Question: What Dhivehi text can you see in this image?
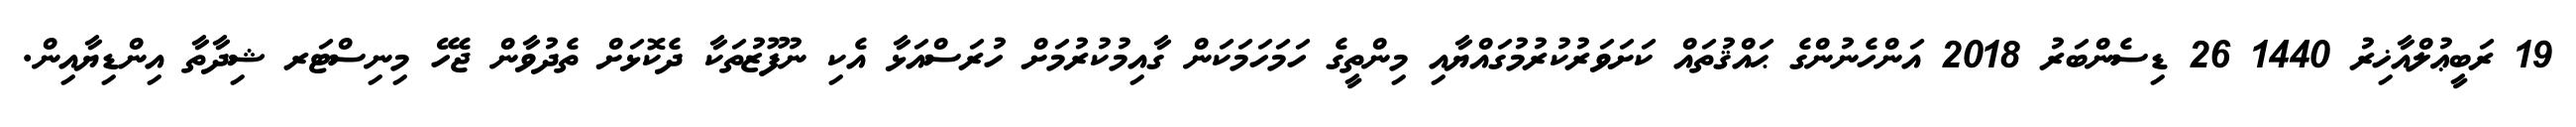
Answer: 19 ރަބީޢުލްއާޚިރު 1440 26 ޑިސެންބަރު 2018 އަންހެނުންގެ ޙައްޤުތައް ކަށަވަރުކުރުމުގައްޔާއި މިންތީގެ ހަމަހަމަކަން ގާއިމުކުރުމަށް ހުރަސްއަޅާ އެކި ނުފޫޒުތަކާ ދެކޮޅަށް ތެދުވާން ޖެހޭ މިނިސްޓަރ ޝިދާތާ އިންޑިޔާއިން.